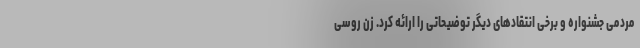
مردمی جشنواره و برخی انتقادهای دیگر توضیحاتی را ارائه کرد. زن روسی